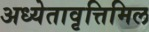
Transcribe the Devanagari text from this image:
अध्येतावृत्तिमिल